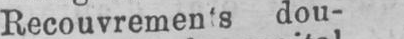
Recouvrements dou-